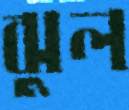
ঝুল